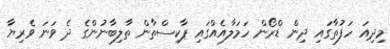
މިދިއަ ހަފުތާގައި ދިން ޑްރޯން ހަމަލާއެއްގައި ޕާކިސްތާން ތާލިބާނުންގެ ދެ ވަނަ ވެރިޔާ